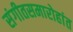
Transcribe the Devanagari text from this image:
संगीतसमारोहांत